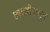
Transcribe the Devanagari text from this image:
छावणीपासून